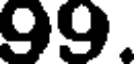
99.